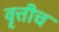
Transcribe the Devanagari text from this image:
वृत्तीच